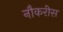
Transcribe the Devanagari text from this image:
नौकरीस